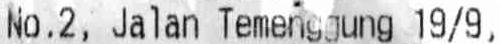
NO.2, JALAN TEMENGGUNG 19/9,